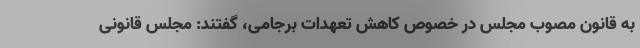
به قانون مصوب مجلس در خصوص کاهش تعهدات برجامی، گفتند: مجلس قانونی